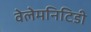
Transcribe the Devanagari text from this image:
वेलेमनिटिडी